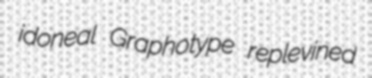
idoneal Graphotype replevined